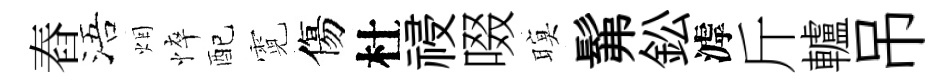
舂浯烟悴配霓傷杜祲啜暝髴鈆滹斤轤吊